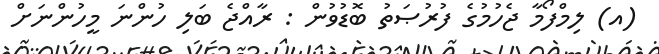
(އ) ލިމްފޯމާ ޖެހުމުގެ ފުރުޞަތު ބޮޑުވުން : ރާއްޖެ ބަލި ހުންނަ މީހުންނަށް